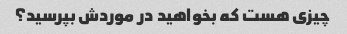
چیزی هست که بخواهید در موردش بپرسید؟